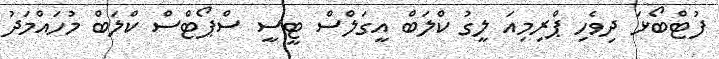
ފުޓްބޯޅަ ދިވެހި ޕްރިމިއަ ލީގު ކްލަބް އީގަލްސް ޓީސީ ސްޕޯޓްސް ކްލަބް މުހައްމަދު